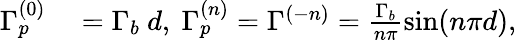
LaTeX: \begin{array}{rl}{\Gamma_{p}^{(0)}}&{{}=\Gamma_{b}\ d,\ \Gamma_{p}^{(n)}=\Gamma^{(-n)}=\frac{\Gamma_{b}}{n\pi}\sin(n\pi d),}\end{array}